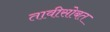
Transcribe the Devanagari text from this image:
तावीसोबत